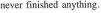
never finished anything.